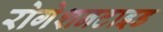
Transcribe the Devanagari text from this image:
रोगेशनटाइड